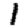
Digit: 1